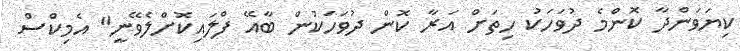
ކިޔަވަންދާ ކޮންމެ ދުވަހަކު ހިތަށް އަރާ ކޮން ދުވަހަކުން ބާއޭ ފްލައިކޮށްލެވޭނީ" އެމިކްސް